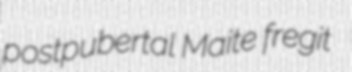
postpubertal Maite fregit